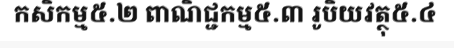
កសិកម្ម៥.២ ពាណិជ្ជកម្ម៥.៣ រូបិយវត្ថុ៥.៤